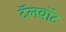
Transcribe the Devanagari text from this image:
टॅलबॉट